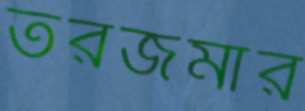
তরজমার